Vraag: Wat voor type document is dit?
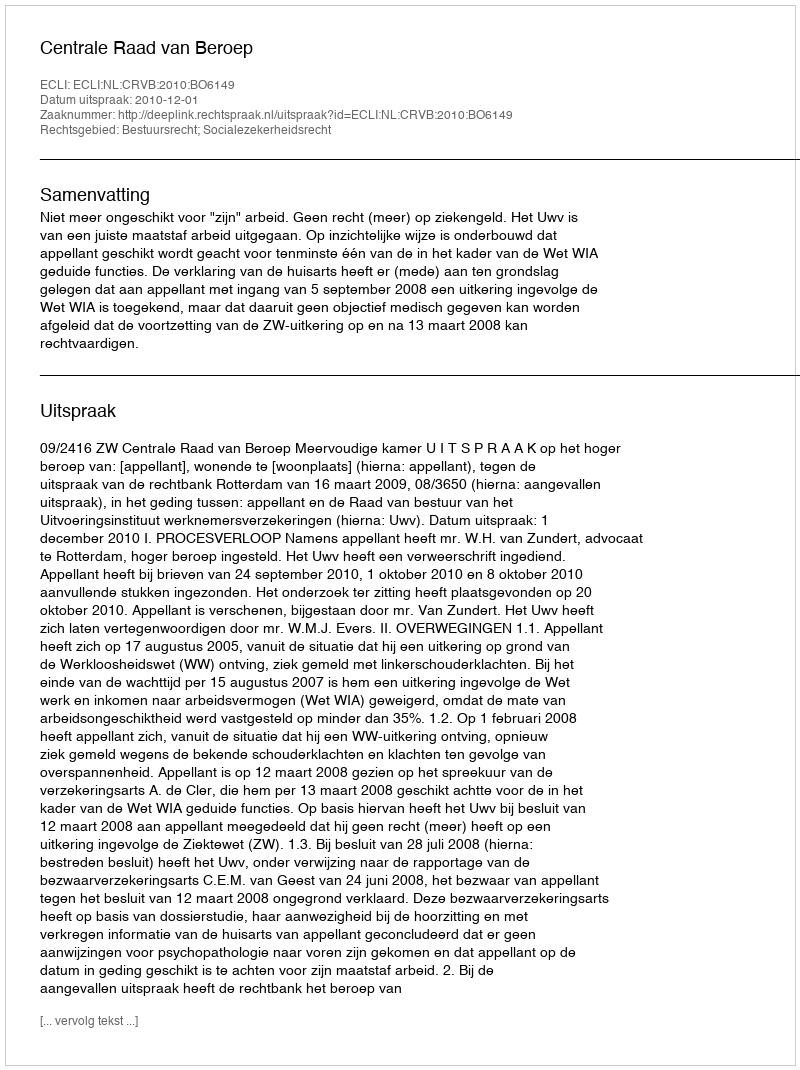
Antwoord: Uitspraak